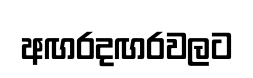
අඟරදඟරවලට